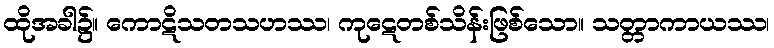
ထိုအခါ၌။ ကောဋိသတသဟဿ၊ ကုဋေတစ်သိန်းဖြစ်သော။ သတ္တာကာယဿ၊